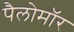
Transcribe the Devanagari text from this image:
पैलोमॉर